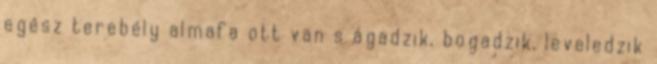
egész terebély almafa ott van s ágadzik, bogadzik, leveledzik